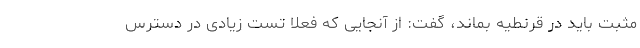
مثبت باید در قرنطیه بماند، گفت: از آنجایی که فعلا تست زیادی در دسترس